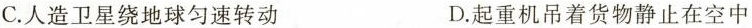
C.人造卫星绕地球匀速转动 D.起重机吊着货物静止在空中